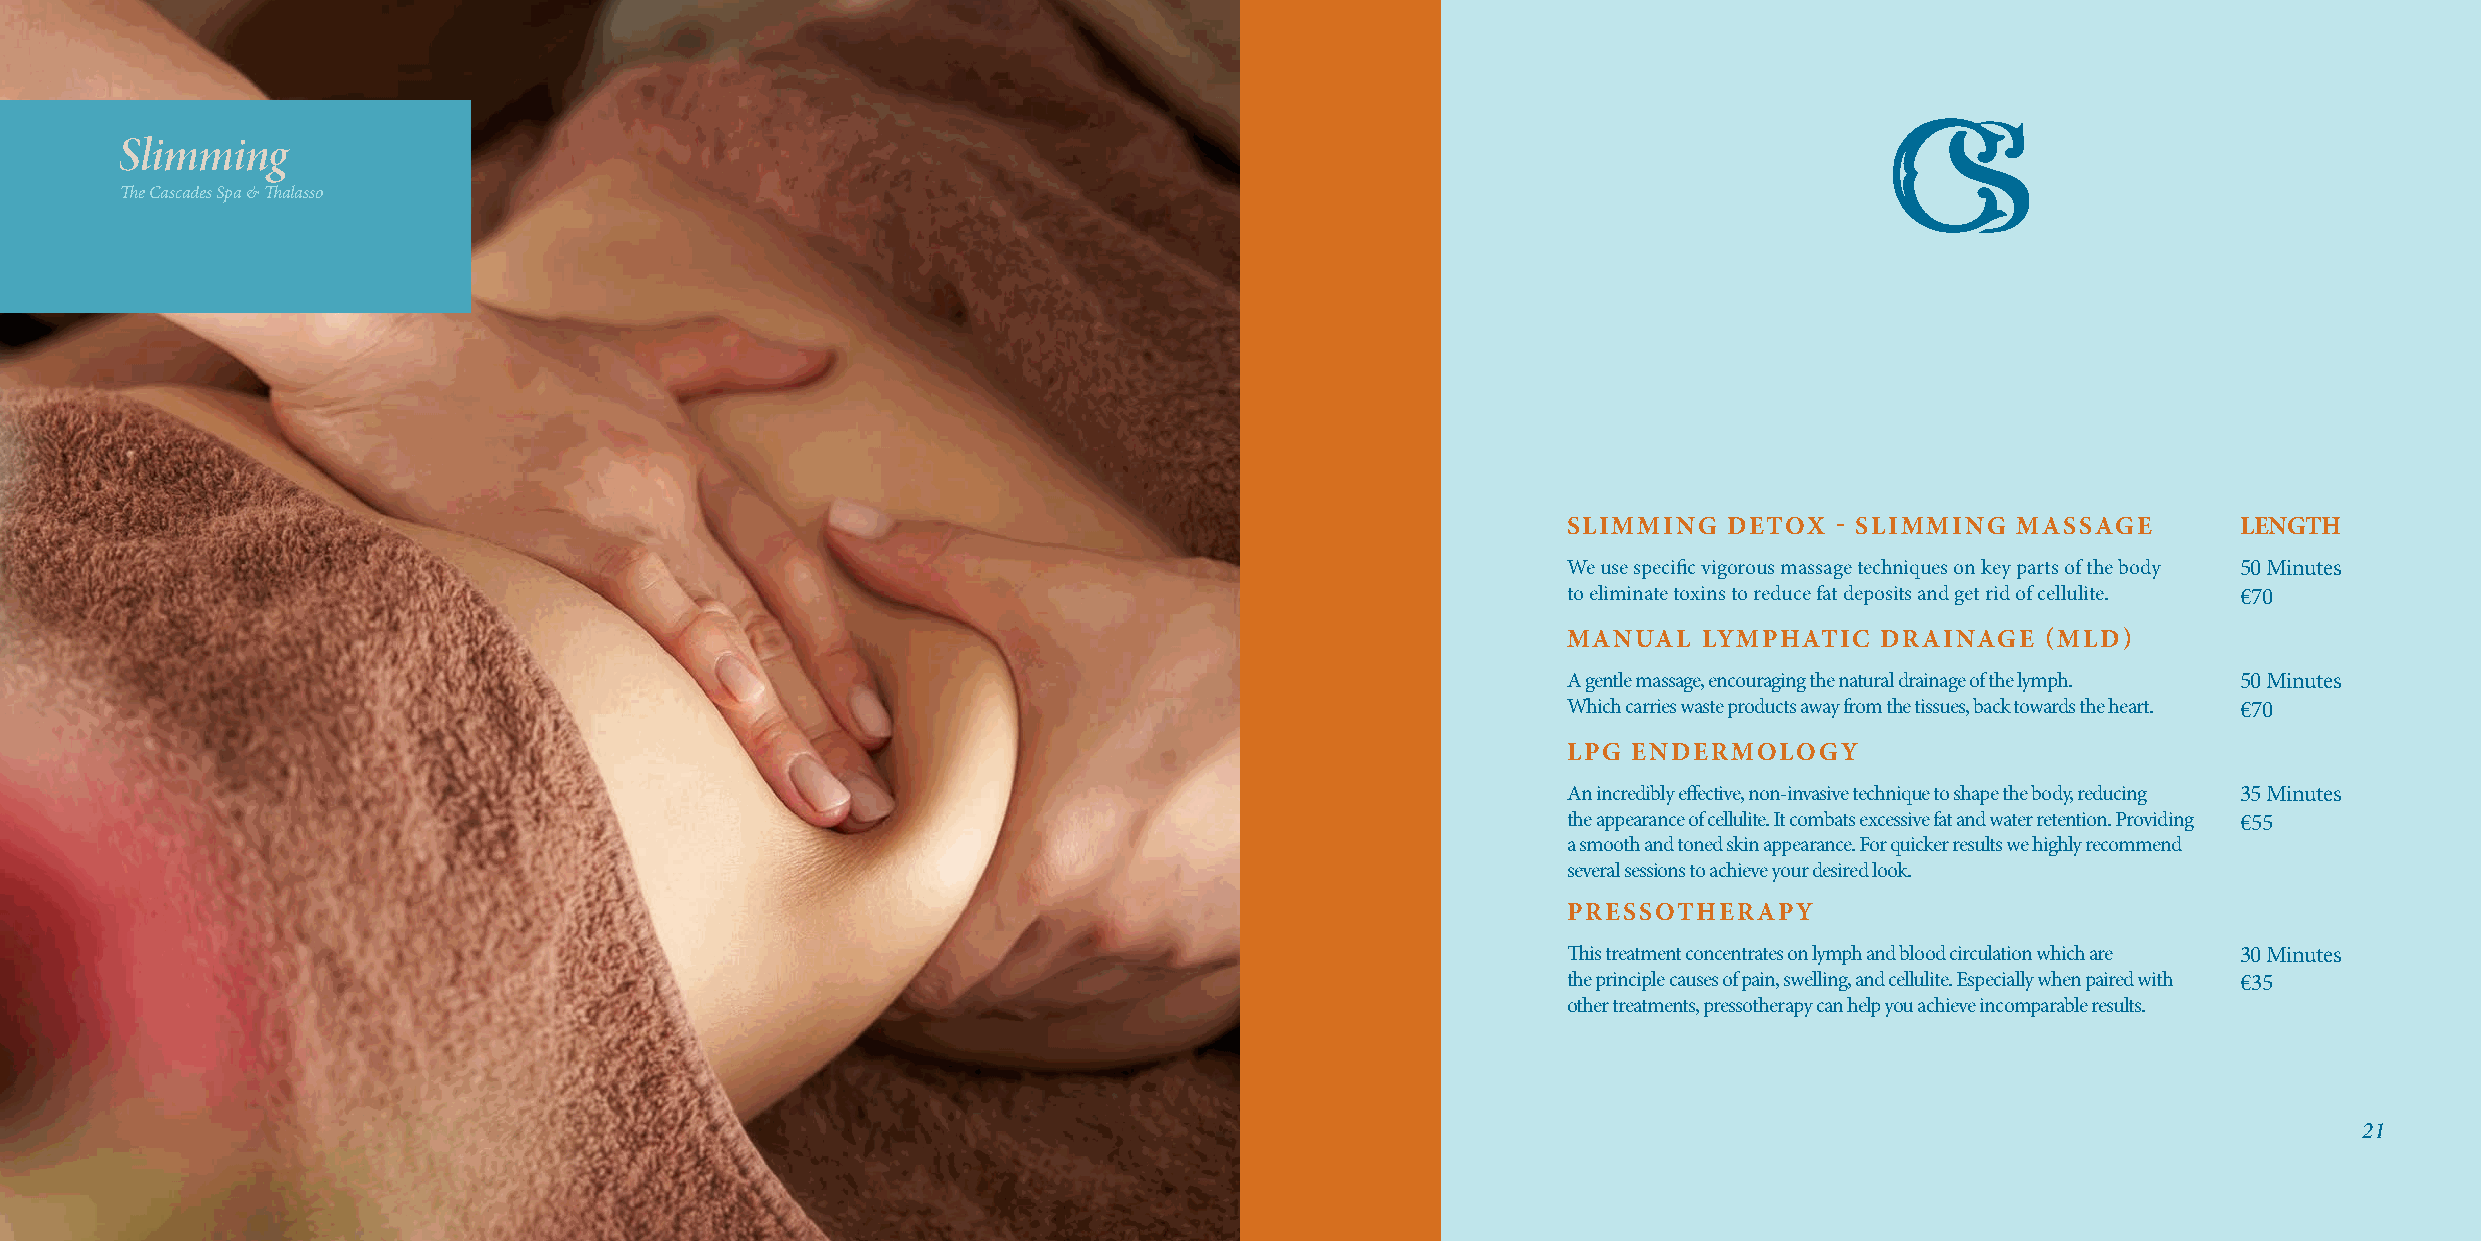
Slimming
 The Cascades Spa & Thalasso
 SLIMMING  DETOX   - SLIMMING MASSAGE        LENGTH
 We use specific vigorous massage techniques on key parts of the body 50 Minutes
 to eliminate toxins to reduce fat deposits and get rid of cellulite. €70
 MANUAL   LYMPHATIC   DRAINAGE  (MLD)
 A gentle massage, encouraging the natural drainage of the lymph. 50 Minutes
 Which carries waste products away from the tissues, back towards the heart. €70
 LPG ENDERMOLOGY
 An incredibly effective, non-invasive technique to shape the body, reducing 35 Minutes
 the appearance of cellulite. It combats excessive fat and water retention. Providing €55
 a smooth and toned skin appearance. For quicker results we highly recommend
 several sessions to achieve your desired look.
 PRESSOTHERAPY
 This treatment concentrates on lymph and blood circulation which are 30 Minutes
 the principle causes of pain, swelling, and cellulite. Especially when paired with €35
 other treatments, pressotherapy can help you achieve incomparable results.
 21